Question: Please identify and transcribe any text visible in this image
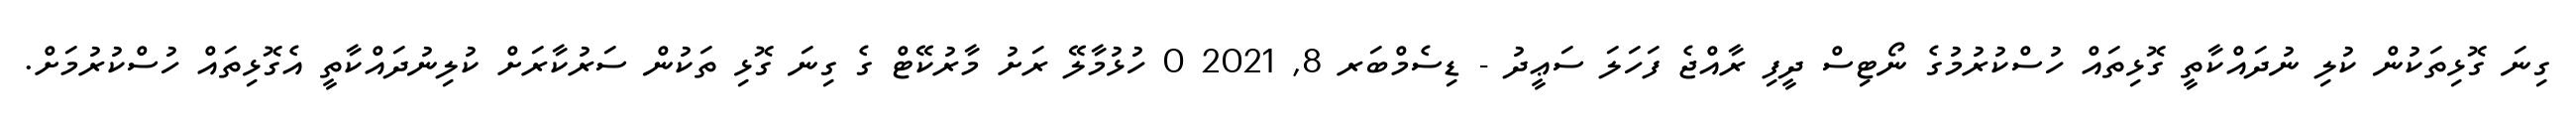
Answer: ގިނަ ގޮޅިތަކުން ކުލި ނުދައްކާތީ ގޮޅިތައް ހުސްކުރުމުގެ ނޯޓިސް ދީފި ރާއްޖެ ފަހަލަ ސަޢީދު - ޑިސެމްބަރ 8, 2021 0 ހުޅުމާލޭ ރަށު މާރުކޭޓް ގެ ގިނަ ގޮޅި ތަކުން ސަރުކާރަށް ކުލިނުދައްކާތީ އެގޮޅިތައް ހުސްކުރުމަށް.